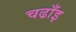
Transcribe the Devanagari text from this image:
चढाँइ